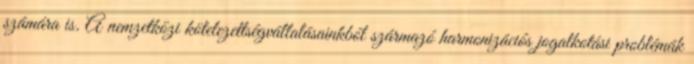
számára is. A nemzetközi kötelezettségvállalásainkból származó harmonizációs jogalkotási problémák